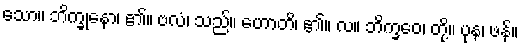
သော။ ဘိက္ခုနော၊ ၏။ ဗလံ၊ သည်။ ဟောတိ၊ ၏။ လ။ ဘိက္ခဝေ၊ တို့။ ပုန၊ ဖန်။